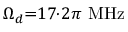
\Omega _ { d } { = } 1 7 { \cdot } 2 \pi \ \mathrm { M H z }